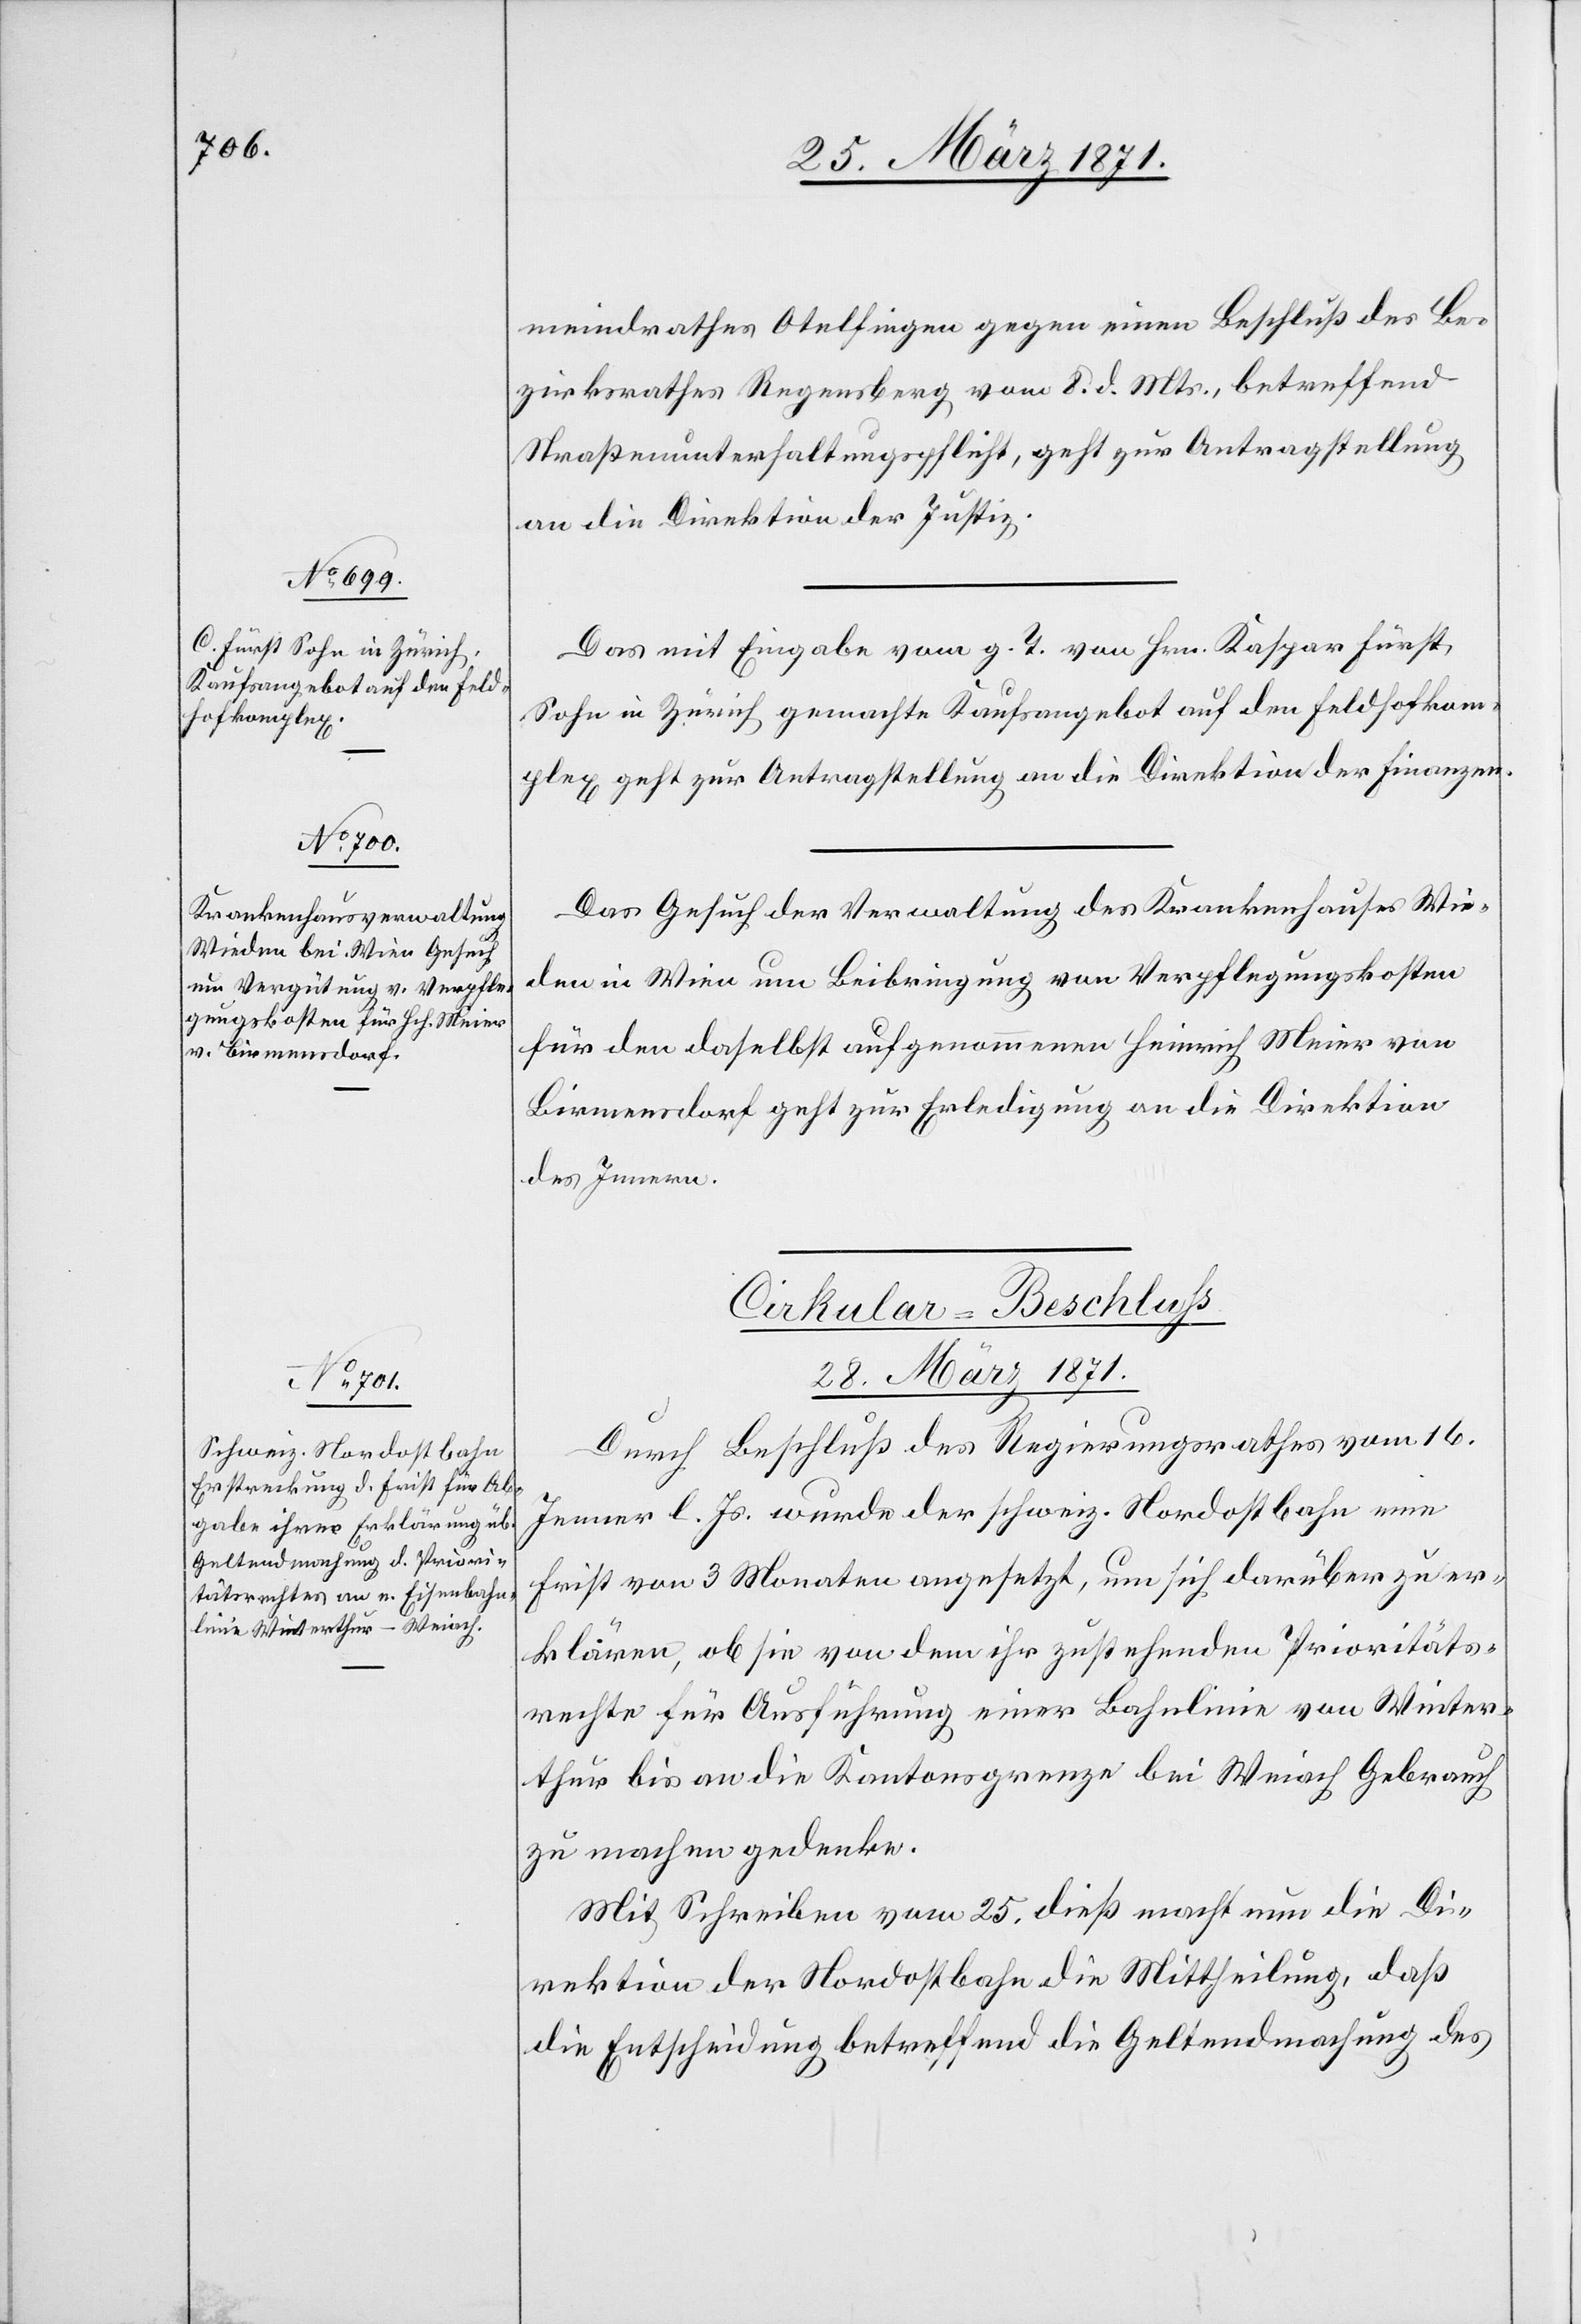
28. März 1871.]
meindrathes Otelfingen gegen einen Beschluß des Be¬
zirksrathes Regensberg vom 8. d. Mts., betreffend
Straßenunterhaltungspflicht, geht zur Antragstellung
an die Direktion der Justiz.
Das mit Eingabe vom g. T. von Hrn. Kaspar Fürst,
Sohn in Zürich gemachte Kaufsangebot auf den Feldhofkom¬
plex geht zur Antragstellung an die Direktion der Finanzen.
Das Gesuch der Verwaltung des Krankenhauses Wie¬
den in Wien um Beibringung von Verpflegungskosten
für den daselbst aufgenommenen Heinrich Meier von
Birmensdorf geht zur Erledigung an die Direktion
des Innern.
Cirkular-Beschluß
28. März 1871.
Durch Beschluß des Regierungsrathes vom 16.
Jenner l. Js. wurde der schweiz. Nordostbahn eine
Frist von 3 Monaten angesetzt, um sich darüber zu er¬
klären, ob sie von dem ihr zustehenden Prioritäts¬
rechte für Ausführung einer Bahnlinie von Winter¬
thur bis an die Kantonsgrenze bei Weiach Gebrauch
zu machen gedenke.
Mit Schreiben vom 25. dieß macht nun die Di¬
rektion der Nordostbahn die Mittheilung, daß
die Entscheidung betreffend die Geltendmachung des